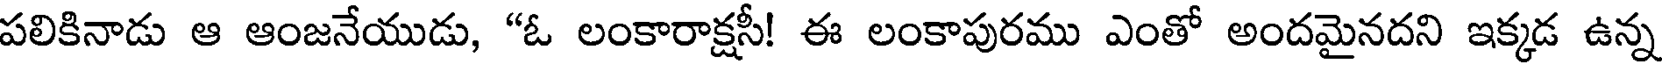
పలికినాడు ఆ ఆంజనేయుడు, "ఓ లంకారాక్షసీ! ఈ లంకాపురము ఎంతో అందమైనదని ఇక్కడ ఉన్న